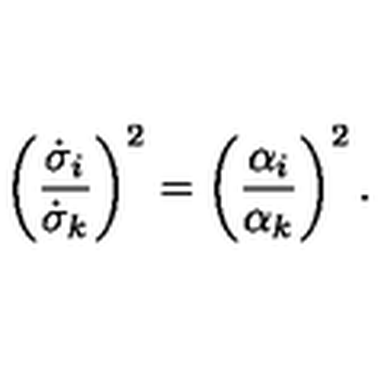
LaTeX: \left( \frac { \dot { \sigma } _ { i } } { \dot { \sigma } _ { k } } \right) ^ { 2 } = \left( \frac { \alpha _ { i } } { \alpha _ { k } } \right) ^ { 2 } .